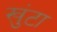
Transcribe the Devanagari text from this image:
खुंटा